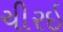
ચીરઇ